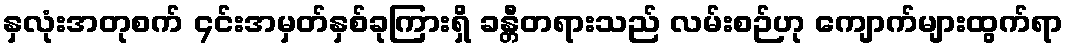
နှလုံးအတုစက် ၄င်းအမှတ်နှစ်ခုကြားရှိ ခန္တီတရားသည် လမ်းစဉ်ဟု ကျောက်များထွက်ရာ